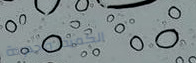
الكمية محدودة